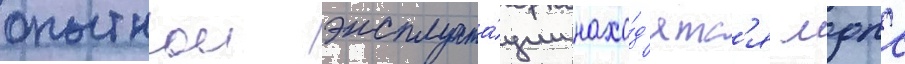
опытнои эксплуата́ции нахо́д'ятс'я мдпс